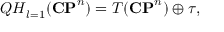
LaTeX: { \cal Q H } _ { l = 1 } ( { \bf C P } ^ { n } ) = T ( { \bf C P } ^ { n } ) \oplus \tau ,